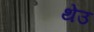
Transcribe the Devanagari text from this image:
थेउ